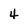
Character: 4